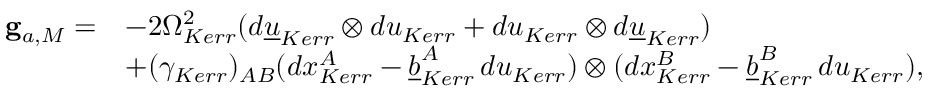
\begin{array} { r l } { { \bf g } _ { a , M } = } & { - 2 \Omega _ { K e r r } ^ { 2 } ( d { \underline { { u } } } _ { K e r r } \otimes d u _ { K e r r } + d u _ { K e r r } \otimes d { \underline { { u } } } _ { K e r r } ) } \\ & { + ( \gamma _ { K e r r } ) _ { A B } ( d x _ { K e r r } ^ { A } - \underline { { b } } _ { K e r r } ^ { A } \, d u _ { K e r r } ) \otimes ( d x _ { K e r r } ^ { B } - \underline { { b } } _ { K e r r } ^ { B } \, d u _ { K e r r } ) , } \end{array}